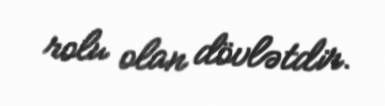
rolu olan dövlətdir.